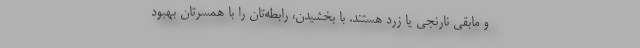
و مابقی نارنجی یا زرد هستند. با بخشیدن، رابطه‌تان را با همسرتان بهبود